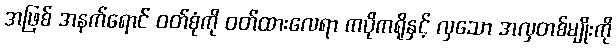
အဖြစ် အနက်ရောင် ဝတ်စုံကို ဝတ်ထားလေရာ ကပိုကရိုနှင့် လှသော အလှတစ်မျိုးကို